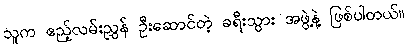
သူက ဧည့်လမ်းညွှန် ဦးဆောင်တဲ့ ခရီးသွား အဖွဲ့နဲ့ ဖြစ်ပါတယ်။